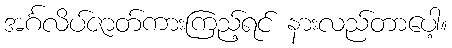
အင်္ဂလိပ်ဇာတ်ကားကြည့်ရင် နားလည်တာပေါ့။